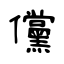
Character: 儻